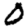
Digit: 0